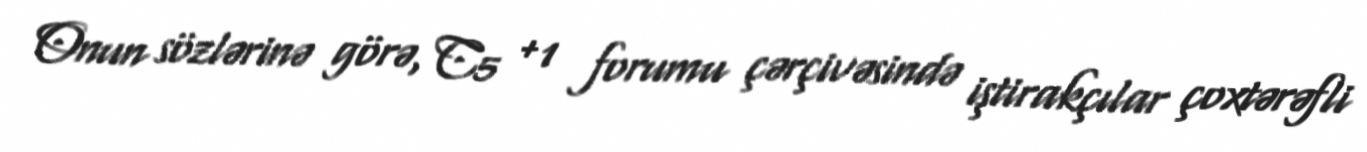
Onun sözlərinə görə, C5 +1 forumu çərçivəsində iştirakçılar çoxtərəfli